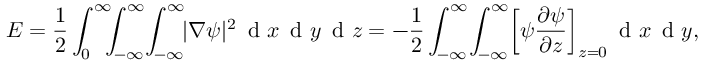
E = \frac { 1 } { 2 } \int _ { 0 } ^ { \infty } \! \! \! \int _ { - \infty } ^ { \infty } \! \int _ { - \infty } ^ { \infty } \! \! | \nabla \psi | ^ { 2 } \, \textrm { d } x \, \textrm { d } y \, \textrm { d } z = - \frac { 1 } { 2 } \int _ { - \infty } ^ { \infty } \! \int _ { - \infty } ^ { \infty } \! \left[ \psi \frac { \partial \psi } { \partial z } \right] _ { z = 0 } \! \, \textrm { d } x \, \textrm { d } y ,